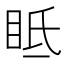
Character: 眡